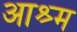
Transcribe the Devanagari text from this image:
आश्र्म